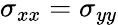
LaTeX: \sigma_{xx}=\sigma_{yy}